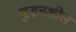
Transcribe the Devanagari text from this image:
मुड़नशील